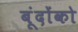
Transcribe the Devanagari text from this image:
बूंदोंको